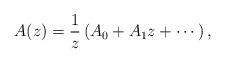
LaTeX: \begin{align*}A(z)=\frac1z \left( A_0+A_1z+\cdots \right),\end{align*}